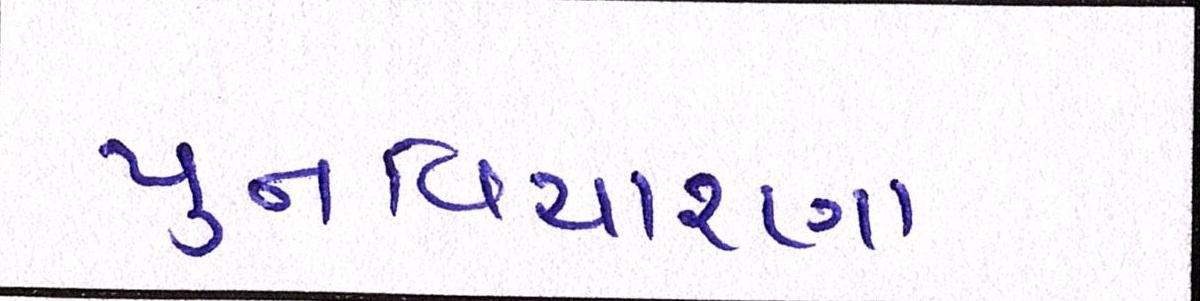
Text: પુનઃવિચારણા